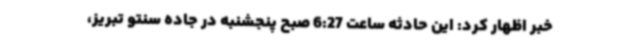
خبر اظهار کرد: این حادثه ساعت 6:27 صبح پنجشنبه در جاده سنتو تبریز،